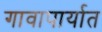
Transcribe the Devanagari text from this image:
गावापार्यात